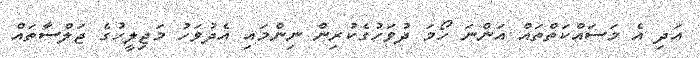
އަދި އެ މަސައްކަތްތައް އަންނަ ހޯމަ ދުވަހުގެކުރިން ނިންމައި އެދުވަހު މަޖިލީހުގެ ޖަލްސާތައް